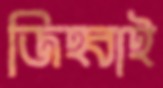
জিহ্বাই